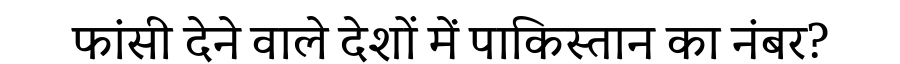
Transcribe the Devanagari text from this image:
फांसी देने वाले देशों में पाकिस्तान का नंबर?